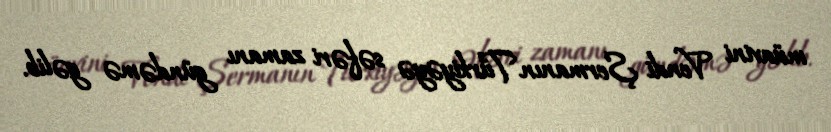
müavini Vendi Şermanın Türkiyəyə səfəri zamanı gündəmə gəlib.